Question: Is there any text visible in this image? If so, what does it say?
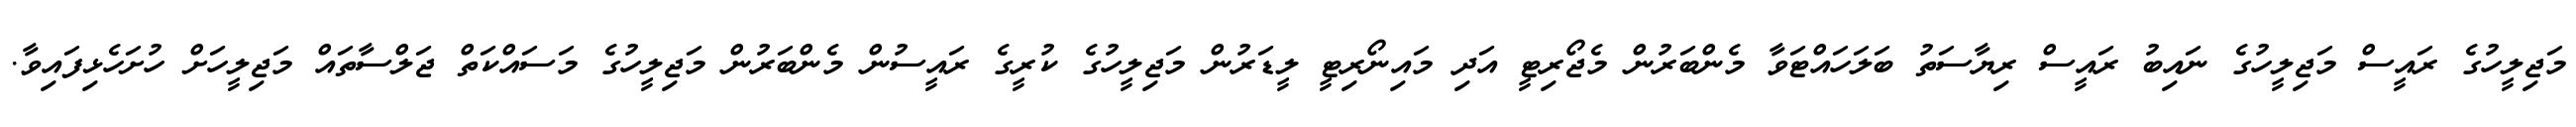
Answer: މަޖިލީހުގެ ރައީސް މަޖިލީހުގެ ނައިބު ރައީސް ރިޔާސަތު ބަލަހައްޓަވާ މެންބަރުން މެޖޯރިޓީ އަދި މައިނޯރިޓީ ލީޑަރުން މަޖިލީހުގެ ކުރީގެ ރައީސުން މެންބަރުން މަޖިލީހުގެ މަސައްކަތް ޖަލްސާތައް މަޖިލީހަށް ހުށަހެޅިފައިވާ.